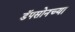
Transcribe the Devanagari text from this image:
डॅपसोनच्या